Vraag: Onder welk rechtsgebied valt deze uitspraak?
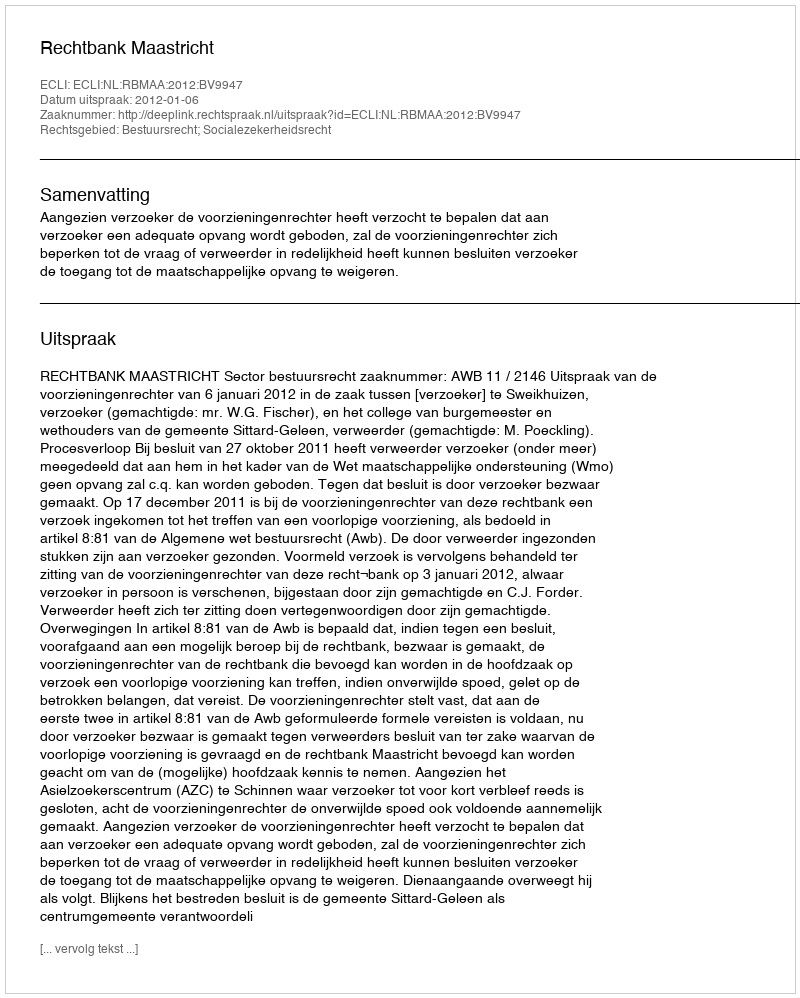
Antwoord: Bestuursrecht; Socialezekerheidsrecht